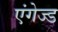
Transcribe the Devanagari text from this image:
एंगेज्ड